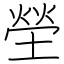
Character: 塋